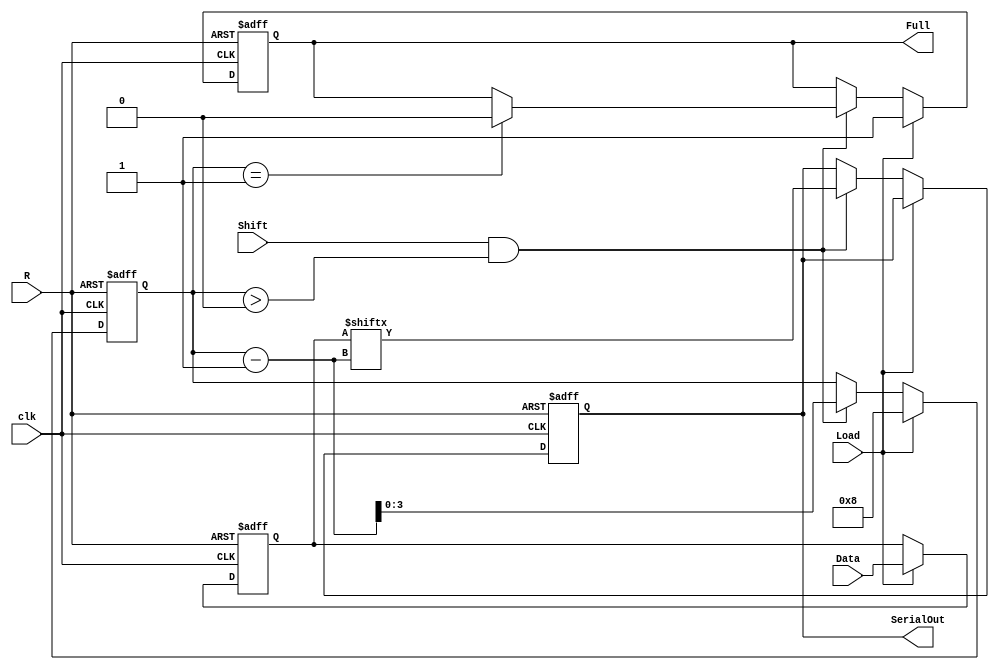
module LoadablePISO #(
    parameter WIDTH = 8  // Parameter for the width of the register
)(
    input wire Load,      // Control signal to load data
    input wire Shift,     // Control signal to shift out data
    input wire clk,       // Clock signal
    input wire R,         // Asynchronous reset
    input wire [WIDTH-1:0] Data, // Parallel data input
    output reg SerialOut,  // Serial output
    output reg Full        // Output indicating when the register is full
);

    reg [WIDTH-1:0] reg_data; // Internal storage for the parallel data
    reg [3:0] bit_count; // Counter for the number of bits shifted out

    // Asynchronous reset logic
    always @(posedge clk or posedge R) begin
        if (R) begin
            reg_data <= 0;      // Clear the register
            SerialOut <= 0;     // Clear the serial output
            Full <= 0;          // Register is not full
            bit_count <= 0;     // Reset bit count
        end else begin
            if (Load) begin
                reg_data <= Data; // Load data on Load signal
                Full <= 1;        // Indicate that the register is full
                bit_count <= WIDTH; // Set bit count to width
            end else if (Shift && (bit_count > 0)) begin
                SerialOut <= reg_data[bit_count - 1]; // Shift out MSB first
                bit_count <= bit_count - 1; // Decrement the bit count
                if (bit_count == 1) begin
                    Full <= 0; // Indicate that the register is no longer full
                end
            end
        end
    end

endmodule